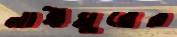
নাঈমুরের